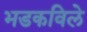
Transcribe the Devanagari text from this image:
भडकविले